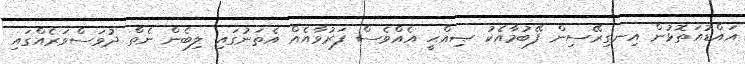
އައްޑުއަތޮޅުން އިނގިރޭސިން ފޭބުމާއެކު ޞިއްޙީ އެއްވެސް ފަރުވާއެއް އެތަނުގައި ލިބެން ނެތް ދުވަސްވަރެއްގައި